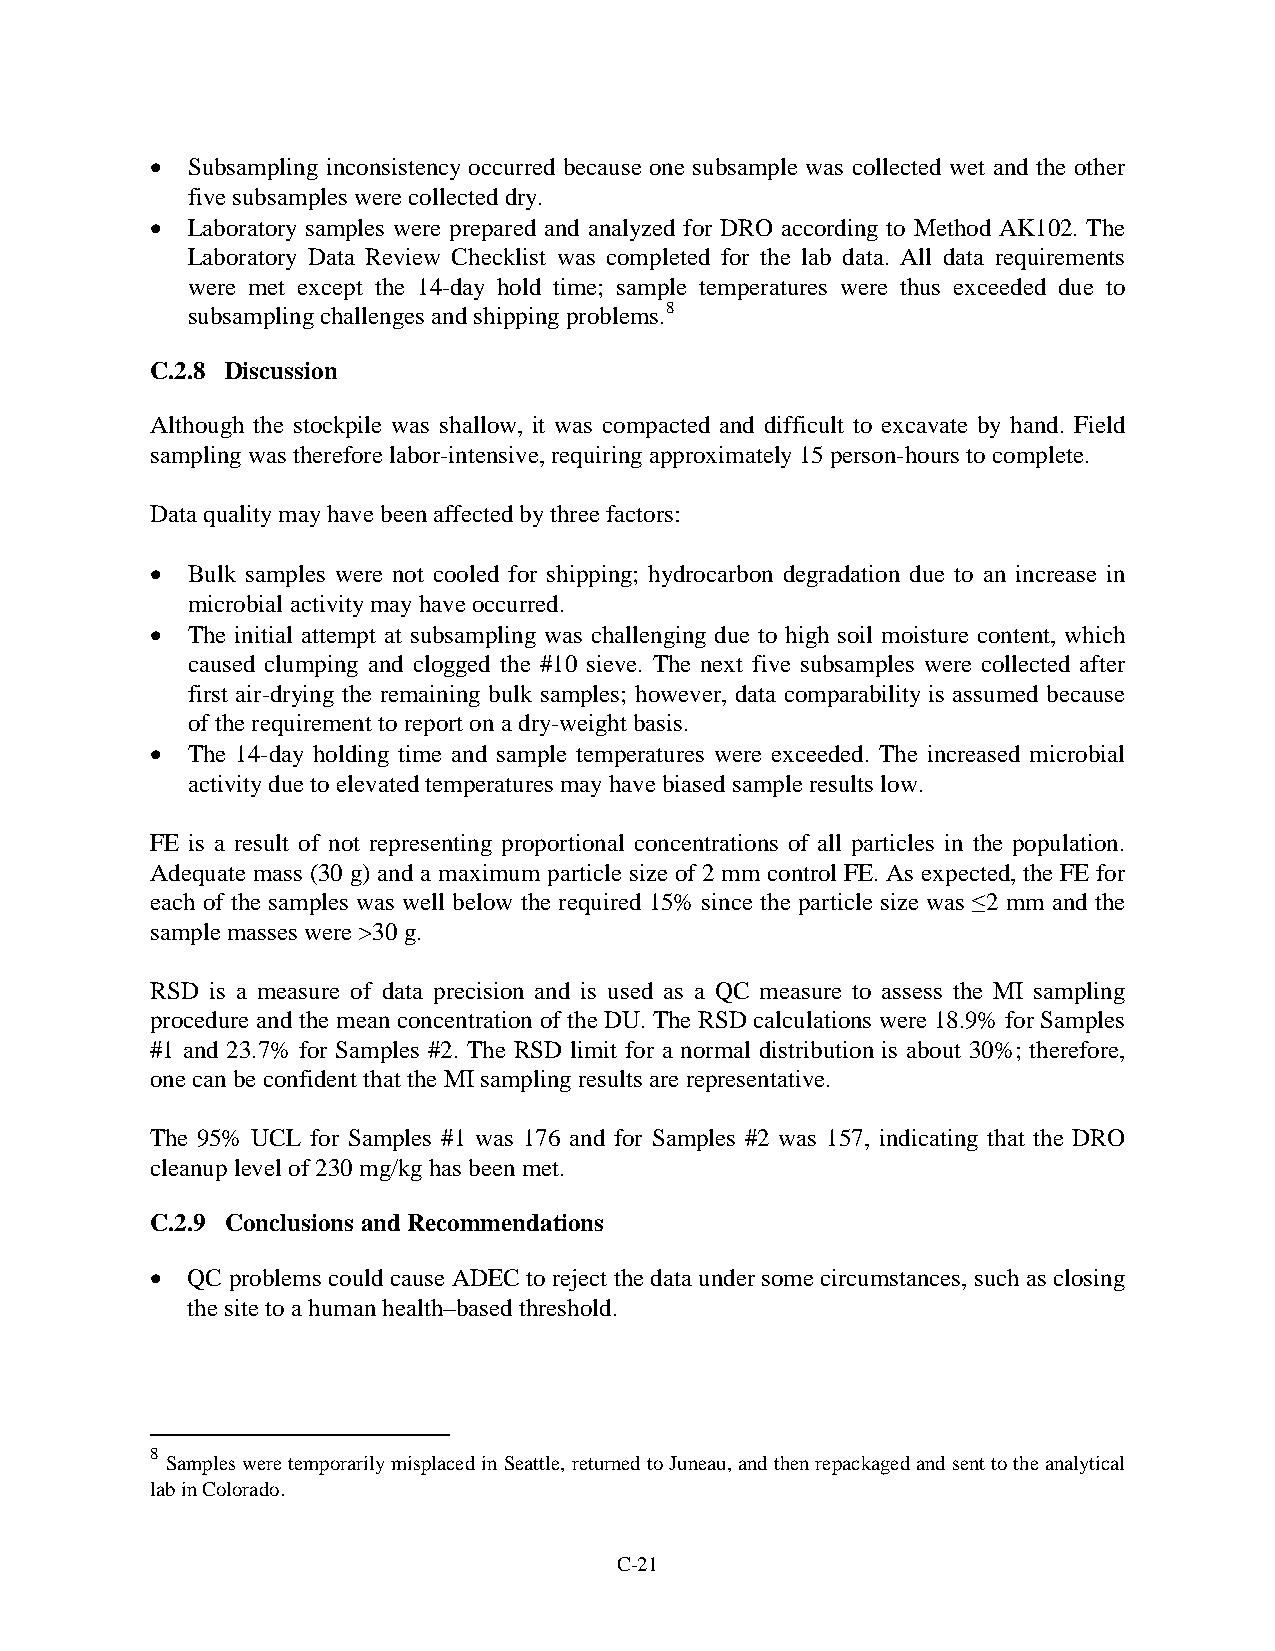
• Subsampling inconsistency occurred because one subsample was collected wet and the other
 five subsamples were collected dry.
 • Laboratory samples were prepared and analyzed for DRO according to Method AK102. The
 Laboratory Data Review Checklist was completed for the lab data. All data requirements
 were met except the 14-day hold time; sample temperatures were thus exceeded due to
 subsampling challenges and shipping problems.8
 C.2.8 Discussion
 Although the stockpile was shallow, it was compacted and difficult to excavate by hand. Field
 sampling was therefore labor-intensive, requiring approximately 15 person-hours to complete.
 Data quality may have been affected by three factors:
 • Bulk samples were not cooled for shipping; hydrocarbon degradation due to an increase in
 microbial activity may have occurred.
 • The initial attempt at subsampling was challenging due to high soil moisture content, which
 caused clumping and clogged the #10 sieve. The next five subsamples were collected after
 first air-drying the remaining bulk samples; however, data comparability is assumed because
 of the requirement to report on a dry-weight basis.
 • The 14-day holding time and sample temperatures were exceeded. The increased microbial
 activity due to elevated temperatures may have biased sample results low.
 FE is a result of not representing proportional concentrations of all particles in the population.
 Adequate mass (30 g) and a maximum particle size of 2 mm control FE. As expected, the FE for
 each of the samples was well below the required 15% since the particle size was ≤2 mm and the
 sample masses were >30 g.
 RSD is a measure of data precision and is used as a QC measure to assess the MI sampling
 procedure and the mean concentration of the DU. The RSD calculations were 18.9% for Samples
 #1 and 23.7% for Samples #2. The RSD limit for a normal distribution is about 30%; therefore,
 one can be confident that the MI sampling results are representative.
 The 95% UCL for Samples #1 was 176 and for Samples #2 was 157, indicating that the DRO
 cleanup level of 230 mg/kg has been met.
 C.2.9 Conclusions and Recommendations
 • QC problems could cause ADEC to reject the data under some circumstances, such as closing
 the site to a human health–based threshold.
 8
 Samples were temporarily misplaced in Seattle, returned to Juneau, and then repackaged and sent to the analytical
 lab in Colorado.
 C-21